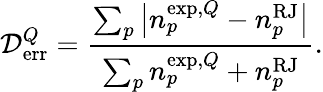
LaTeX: {\cal D}_{\mathrm{err}}^{Q}=\frac{\sum_{p}\big|{n}_{p}^{\mathrm{exp},Q}-{n}_{p}^{\mathrm{RJ}}\big|}{\sum_{p}{n}_{p}^{\mathrm{exp},Q}+{n}_{p}^{\mathrm{RJ}}}.